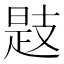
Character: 𢻖